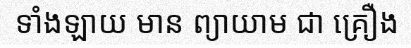
ទាំងឡាយ មាន ព្យាយាម ជា គ្រឿង